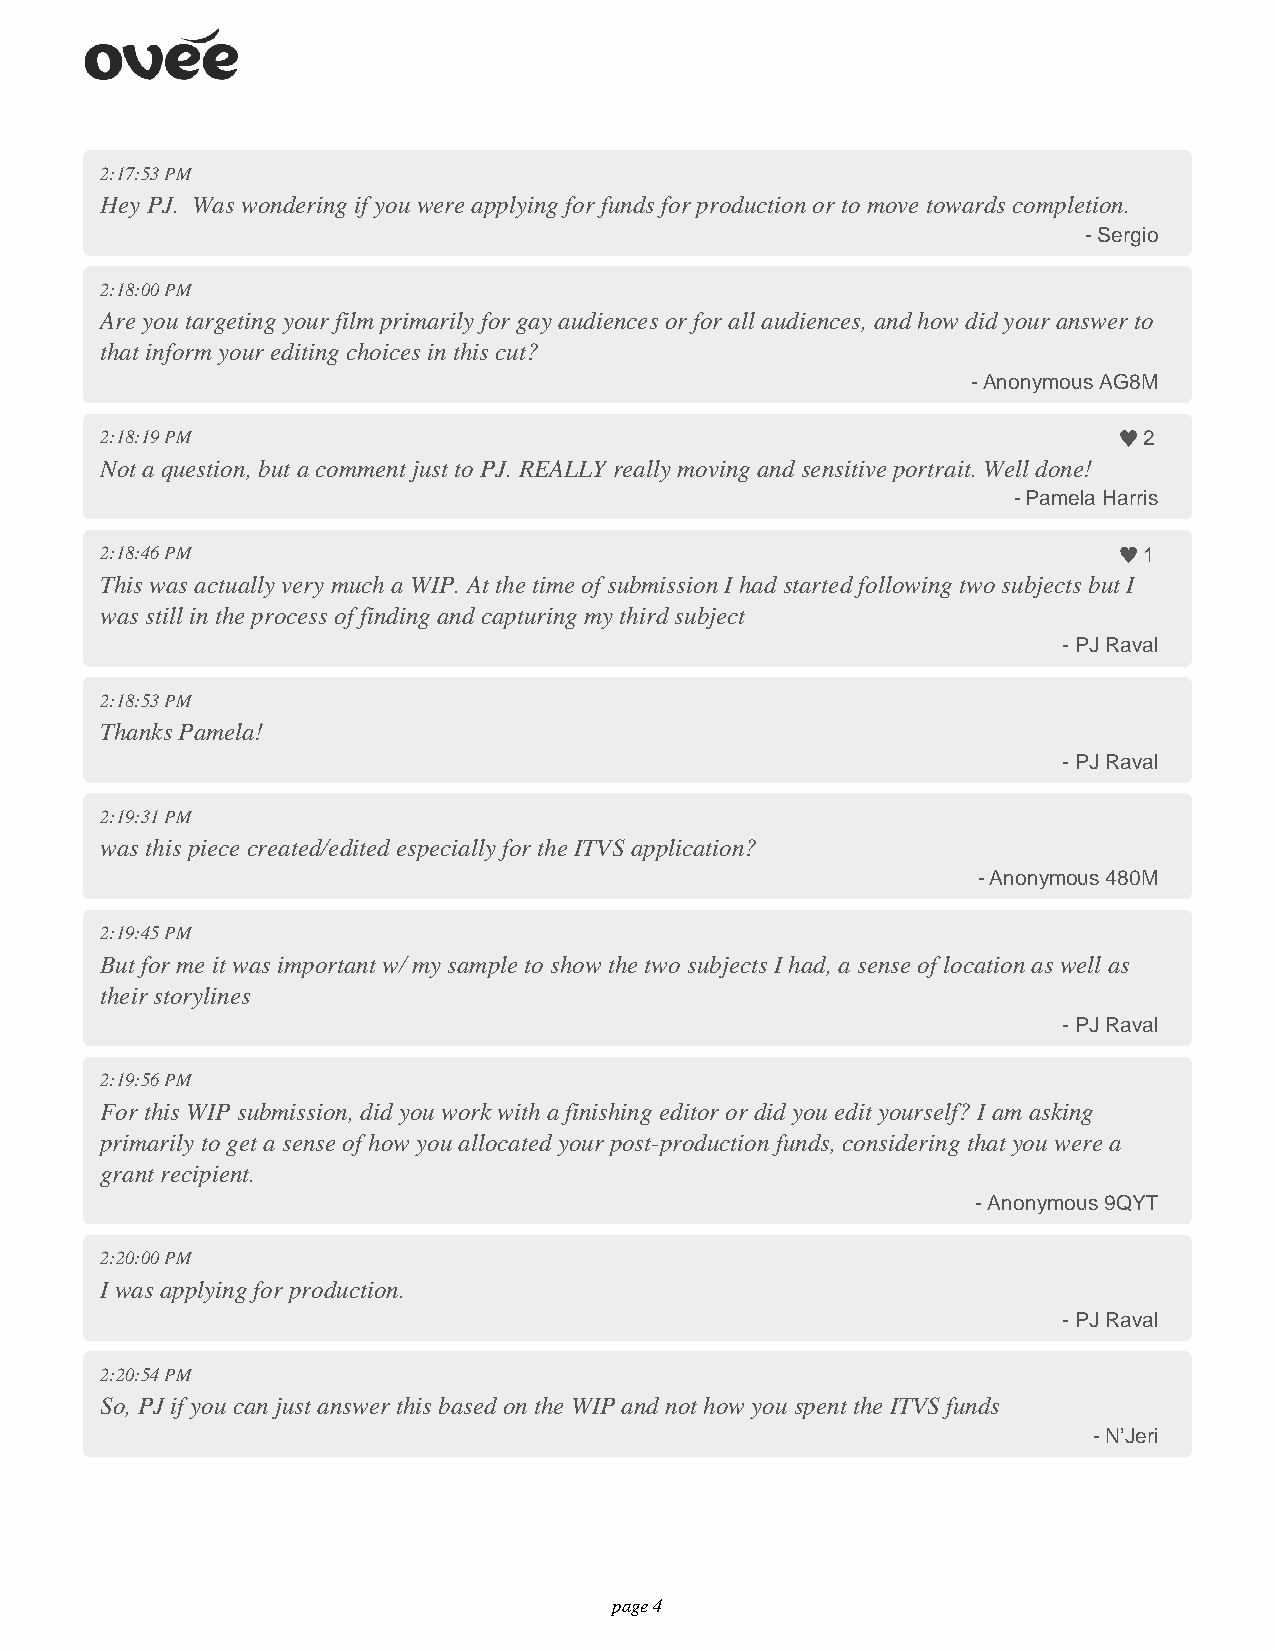
2:17:53 PM
 Hey PJ. Was wondering if you were applying for funds for production or to move towards completion.
 - Sergio
 2:18:00 PM
 Are you targeting your film primarily for gay audiences or for all audiences, and how did your answer to
 that inform your editing choices in this cut?
 - Anonymous AG8M
 2:18:19 PM                                                           2
 Not a question, but a comment just to PJ. REALLY really moving and sensitive portrait. Well done!
 - Pamela Harris
 2:18:46 PM                                                           1
 This was actually very much a WIP. At the time of submission I had started following two subjects but I
 was still in the process of finding and capturing my third subject
 - PJ Raval
 2:18:53 PM
 Thanks Pamela!
 - PJ Raval
 2:19:31 PM
 was this piece created/edited especially for the ITVS application?
 - Anonymous 480M
 2:19:45 PM
 But for me it was important w/ my sample to show the two subjects I had, a sense of location as well as
 their storylines
 - PJ Raval
 2:19:56 PM
 For this WIP submission, did you work with a finishing editor or did you edit yourself? I am asking
 primarily to get a sense of how you allocated your post-production funds, considering that you were a
 grant recipient.
 - Anonymous 9QYT
 2:20:00 PM
 I was applying for production.
 - PJ Raval
 2:20:54 PM
 So, PJ if you can just answer this based on the WIP and not how you spent the ITVS funds
 - N’Jeri
 page 4